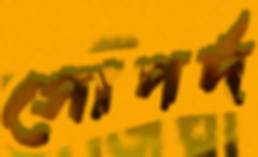
সোপর্দ